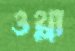
ওথ্‌লা